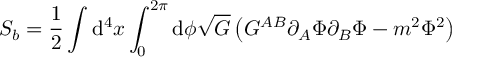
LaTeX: S _ { b } = \frac { 1 } { 2 } \int \mathrm { d } ^ { 4 } x \int _ { 0 } ^ { 2 \pi } \mathrm { d } \phi \sqrt { G } \left( G ^ { A B } \partial _ { A } \Phi \partial _ { B } \Phi - m ^ { 2 } \Phi ^ { 2 } \right)